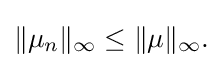
\displaystyle {\|\mu _{n}\|_{\infty }\leq \|\mu \|_{\infty }.}